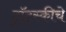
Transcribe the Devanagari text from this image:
ट्रॉट्स्कीचे